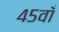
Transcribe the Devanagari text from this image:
४५वाँ